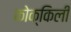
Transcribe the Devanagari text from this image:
कोक्किली